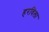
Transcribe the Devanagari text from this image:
हरविला